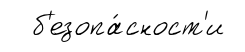
б'езопа́сност'и